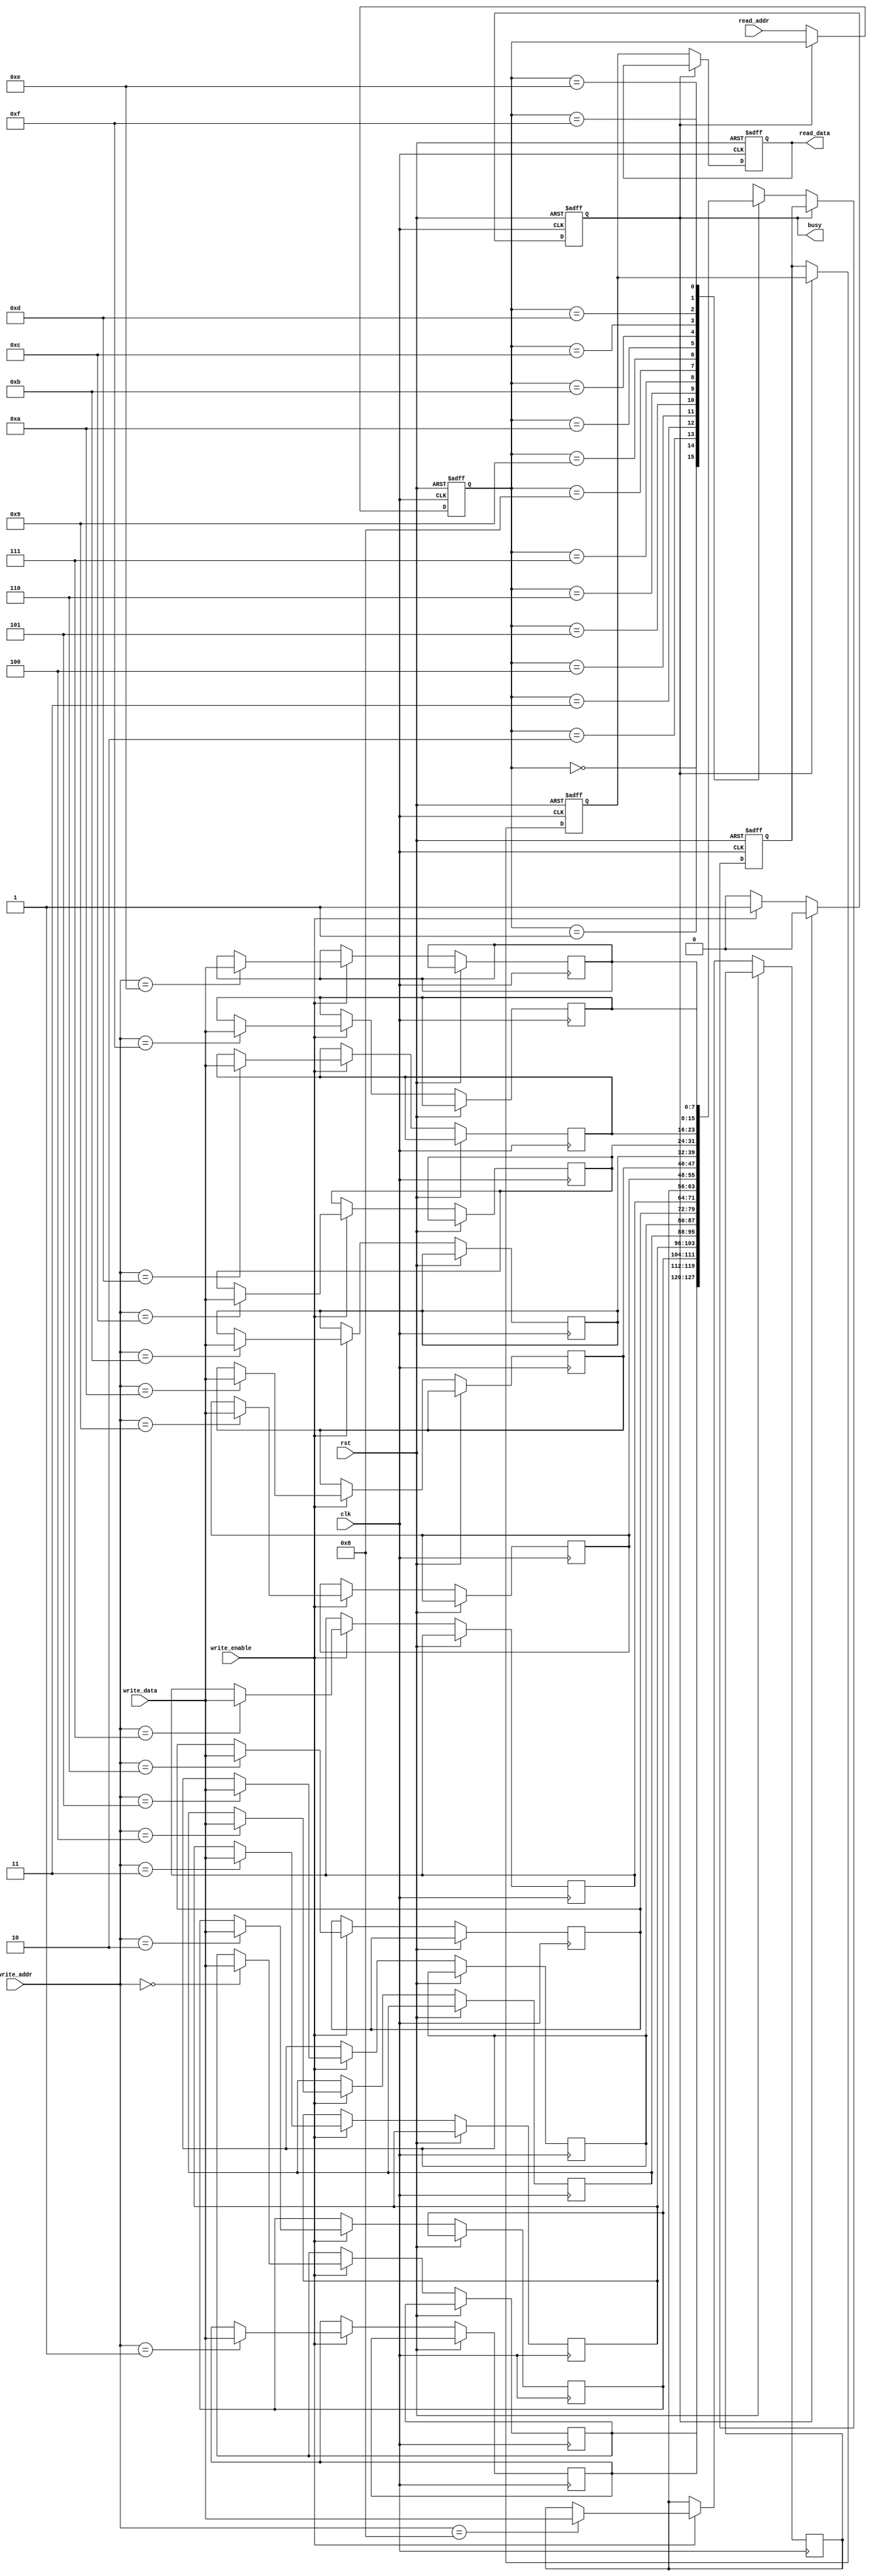
module IO_Block_Pipeline_SRAM #(
    parameter DATA_WIDTH = 8,     // Width of data bus
    parameter ADDR_WIDTH = 4,     // Width of address bus
    parameter MEM_DEPTH = 16       // Depth of memory
)(
    input wire clk,
    input wire rst,
    input wire [ADDR_WIDTH-1:0] write_addr,
    input wire [DATA_WIDTH-1:0] write_data,
    input wire write_enable,
    input wire [ADDR_WIDTH-1:0] read_addr,
    output reg [DATA_WIDTH-1:0] read_data,
    output reg busy // Indicates the SRAM is busy
);

// SRAM memory array
reg [DATA_WIDTH-1:0] memory [0:MEM_DEPTH-1];

// Internal signals for pipelining
reg [DATA_WIDTH-1:0] pipeline_reg [0:1]; // Simple 2-stage pipeline
reg [ADDR_WIDTH-1:0] addr_reg [0:1];

// Control logic
always @(posedge clk or posedge rst) begin
    if (rst) begin
        busy <= 1'b0;
        read_data <= 0;
        pipeline_reg[0] <= 0;
        pipeline_reg[1] <= 0;
        addr_reg[0] <= 0;
        addr_reg[1] <= 0;
    end else begin
        // Write operation
        if (write_enable) begin
            memory[write_addr] <= write_data;
            busy <= 1'b1; // Indicate busy during write
        end

        // Read operation with pipelining
        if (!busy) begin
            addr_reg[0] <= read_addr; // Store current read address
            pipeline_reg[0] <= memory[addr_reg[0]]; // Stage 1
            pipeline_reg[1] <= pipeline_reg[0]; // Stage 2
            read_data <= pipeline_reg[1]; // Output from stage 2
        end else begin
            busy <= 1'b0; // Reset busy flag after operation
        end
    end
end

endmodule